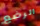
الرضع